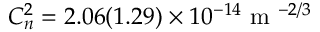
C _ { n } ^ { 2 } = 2 . 0 6 ( 1 . 2 9 ) \times 1 0 ^ { - 1 4 } \mathrm { ~ m ~ } ^ { - 2 / 3 }